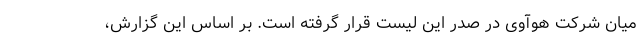
میان شرکت هوآوی در صدر این لیست قرار گرفته است. بر اساس این گزارش،